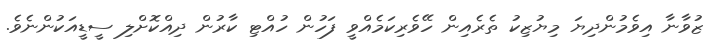
ޒުވާނާ އިވެމުންދިޔަ މިޔުޒިކު ތެރެއިން ހޭވެރިކަމެއްވީ ފަހުން ހުއްޓި ކާރުން ދިއްކޮށްލި ސީޑީއަކުންނެވެ.